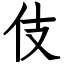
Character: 伎